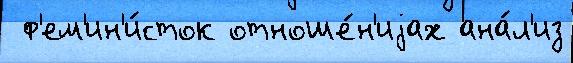
 ф'ем'ин'и́сток отноше́н'иjах ана́л'из